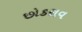
છોકરાવ